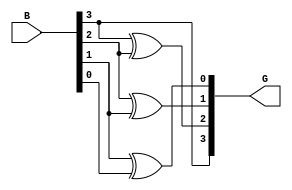
`timescale 1ns / 1ps
//////////////////////////////////////////////////////////////////////////////////

// ID     : N180116
//Branch  : ECE
//Project Name : RTL design using Verilog
//Design  Nmae : BINARY TO GRAY CODE CONVERTOR
//Module  Nmae : BINARY_TO_GRAY
//RGUKT NUZVID 
//////////////////////////////////////////////////////////////////////////////////



module BINARY_TO_GRAY(B,G);
input [3:0]B;
output [3:0]G;
assign G[3] = B[3];
assign G[2] = B[3]^B[2];
assign G[1] = B[2]^B[1];
assign G[0] = B[1]^B[0];
endmodule